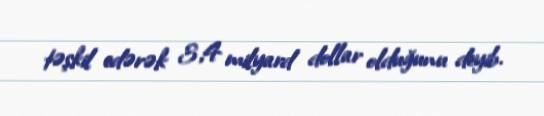
təşkil edərək 3,4 milyard dollar olduğunu deyib.